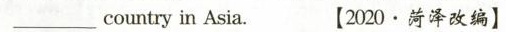
______ country in Asia. 【2020.菏泽改编]